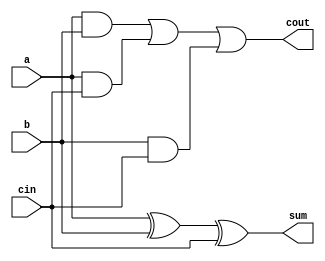
/*full adder*/
module FAA(a,b,cin,sum,cout);
input a,b, cin;
output sum,cout;
wire sum,cout;
assign sum = a ^ b ^ cin;
assign cout = (a&b) | (a & cin) | (b & cin);
endmodule